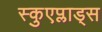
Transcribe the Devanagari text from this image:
स्कुएप्लाड्स